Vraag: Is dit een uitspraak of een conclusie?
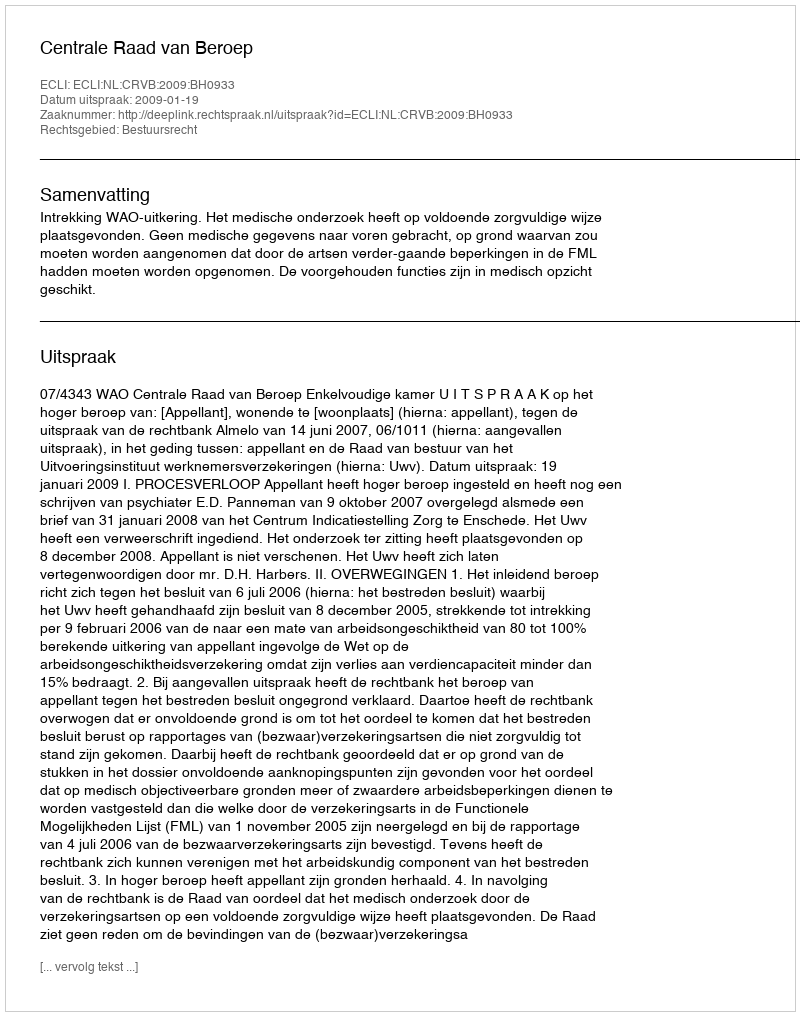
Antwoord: Uitspraak